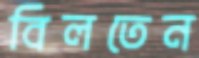
বিলতেন